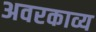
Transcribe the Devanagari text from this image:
अवरकाव्य